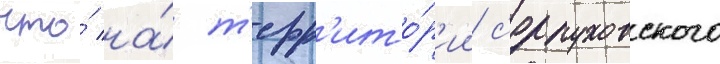
что́ на́ т'ерр'ито́р'ии с'ерпуховского